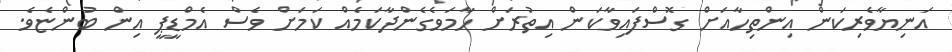
އަނިޔާވެރިކަން އިންތިހާއަށް ގޮސްފައިވާކަން އިތުރަށް ހާމަވެގެންދާކަމެއް ކަމަށް ވެސް އެމްޑީޕީ އިން ބުންޏެވެ.